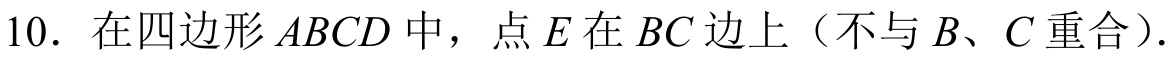
10. 在四边形\(ABCD\)中，点\(E\)在\(BC\)边上（不与\(B\)、\(C\)重合）.